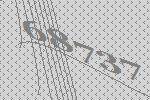
68737